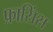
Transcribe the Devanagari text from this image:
फ्रासिंस